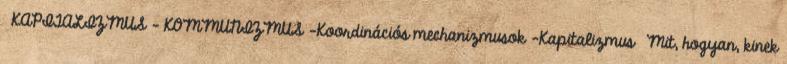
›KAPITALIZMUS – KOMMUNIZMUS –Koordinációs mechanizmusok –Kapitalizmus ›Mit, hogyan, kinek